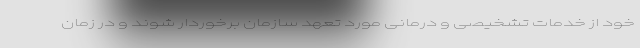
خود از خدمات تشخیصی و درمانی مورد تعهد سازمان برخوردار شوند و در زمان